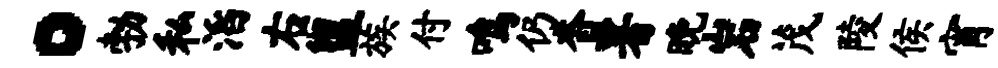
。勃私滔右盥族付鸣仍杳署晚岩茂陵侯宵